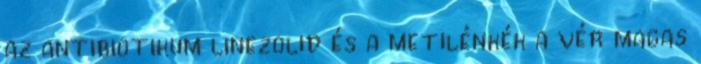
az antibiotikum linezolid és a metilénkék a vér magas